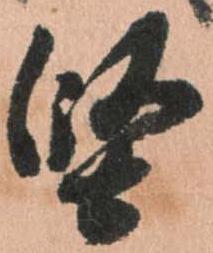
堅